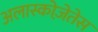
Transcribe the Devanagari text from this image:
अलास्कोज़ेतेस